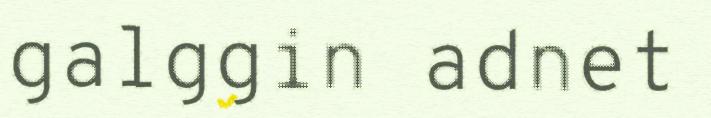
galggin adnet